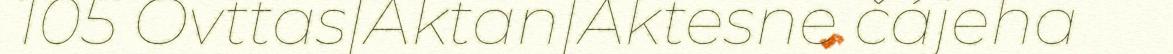
105 Ovttas|Aktan|Aktesne čájeha